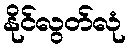
နိုင်လွတ်လုံ